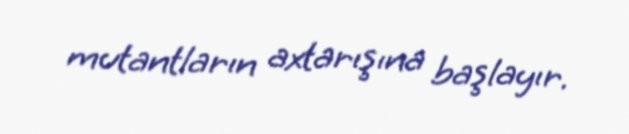
mutantların axtarışına başlayır.